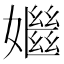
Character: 𡣦